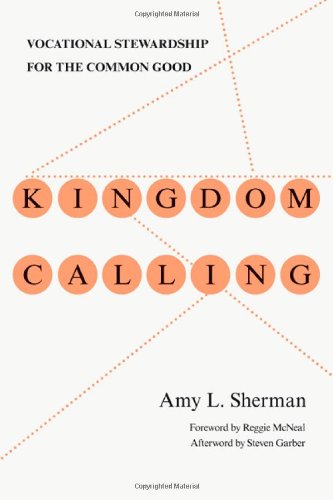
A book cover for Kingdom Calling: Vocational Stewardship for the Common Good; Amy L. Sherman; Christian Books & Bibles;